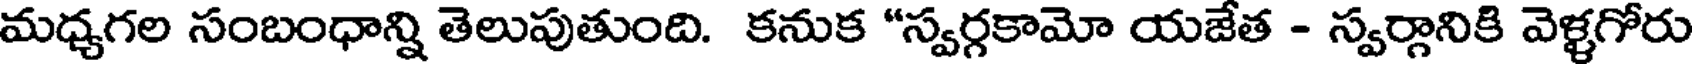
మధ్యగల సంబంధాన్ని తెలుపుతుంది. కనుక "స్వర్గకామో యజేత - స్వర్గానికి వెళ్ళగోరు